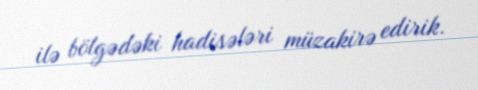
ilə bölgədəki hadisələri müzakirə edirik.